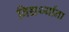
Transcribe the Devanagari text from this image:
विद्यर्थ्यांना